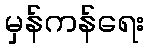
မှန်ကန်ရေး